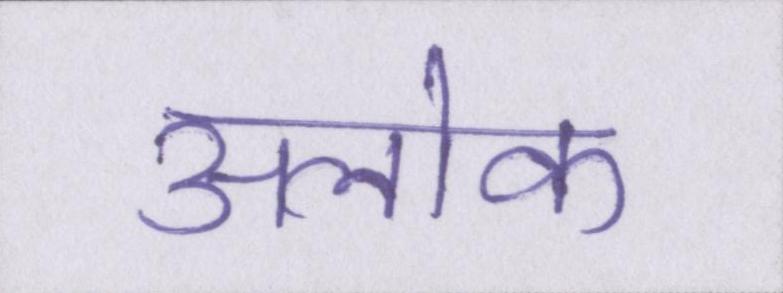
अलोक